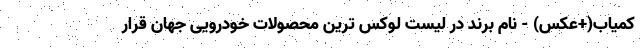
کمیاب(+عکس) - نام برند در لیست لوکس ترین محصولات خودرویی جهان قرار